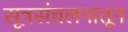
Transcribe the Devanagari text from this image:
सूत्रसंचलनातून